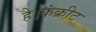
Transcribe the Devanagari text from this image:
है।कंक्रीट